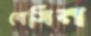
বেসিন